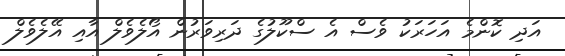
އަދި ކޮންމެ އަހަރަކު ވެސް އެ ސްކޫލުގެ ދަރިވަރުން އޯލެވެލް އާއި އޭލެވެލް